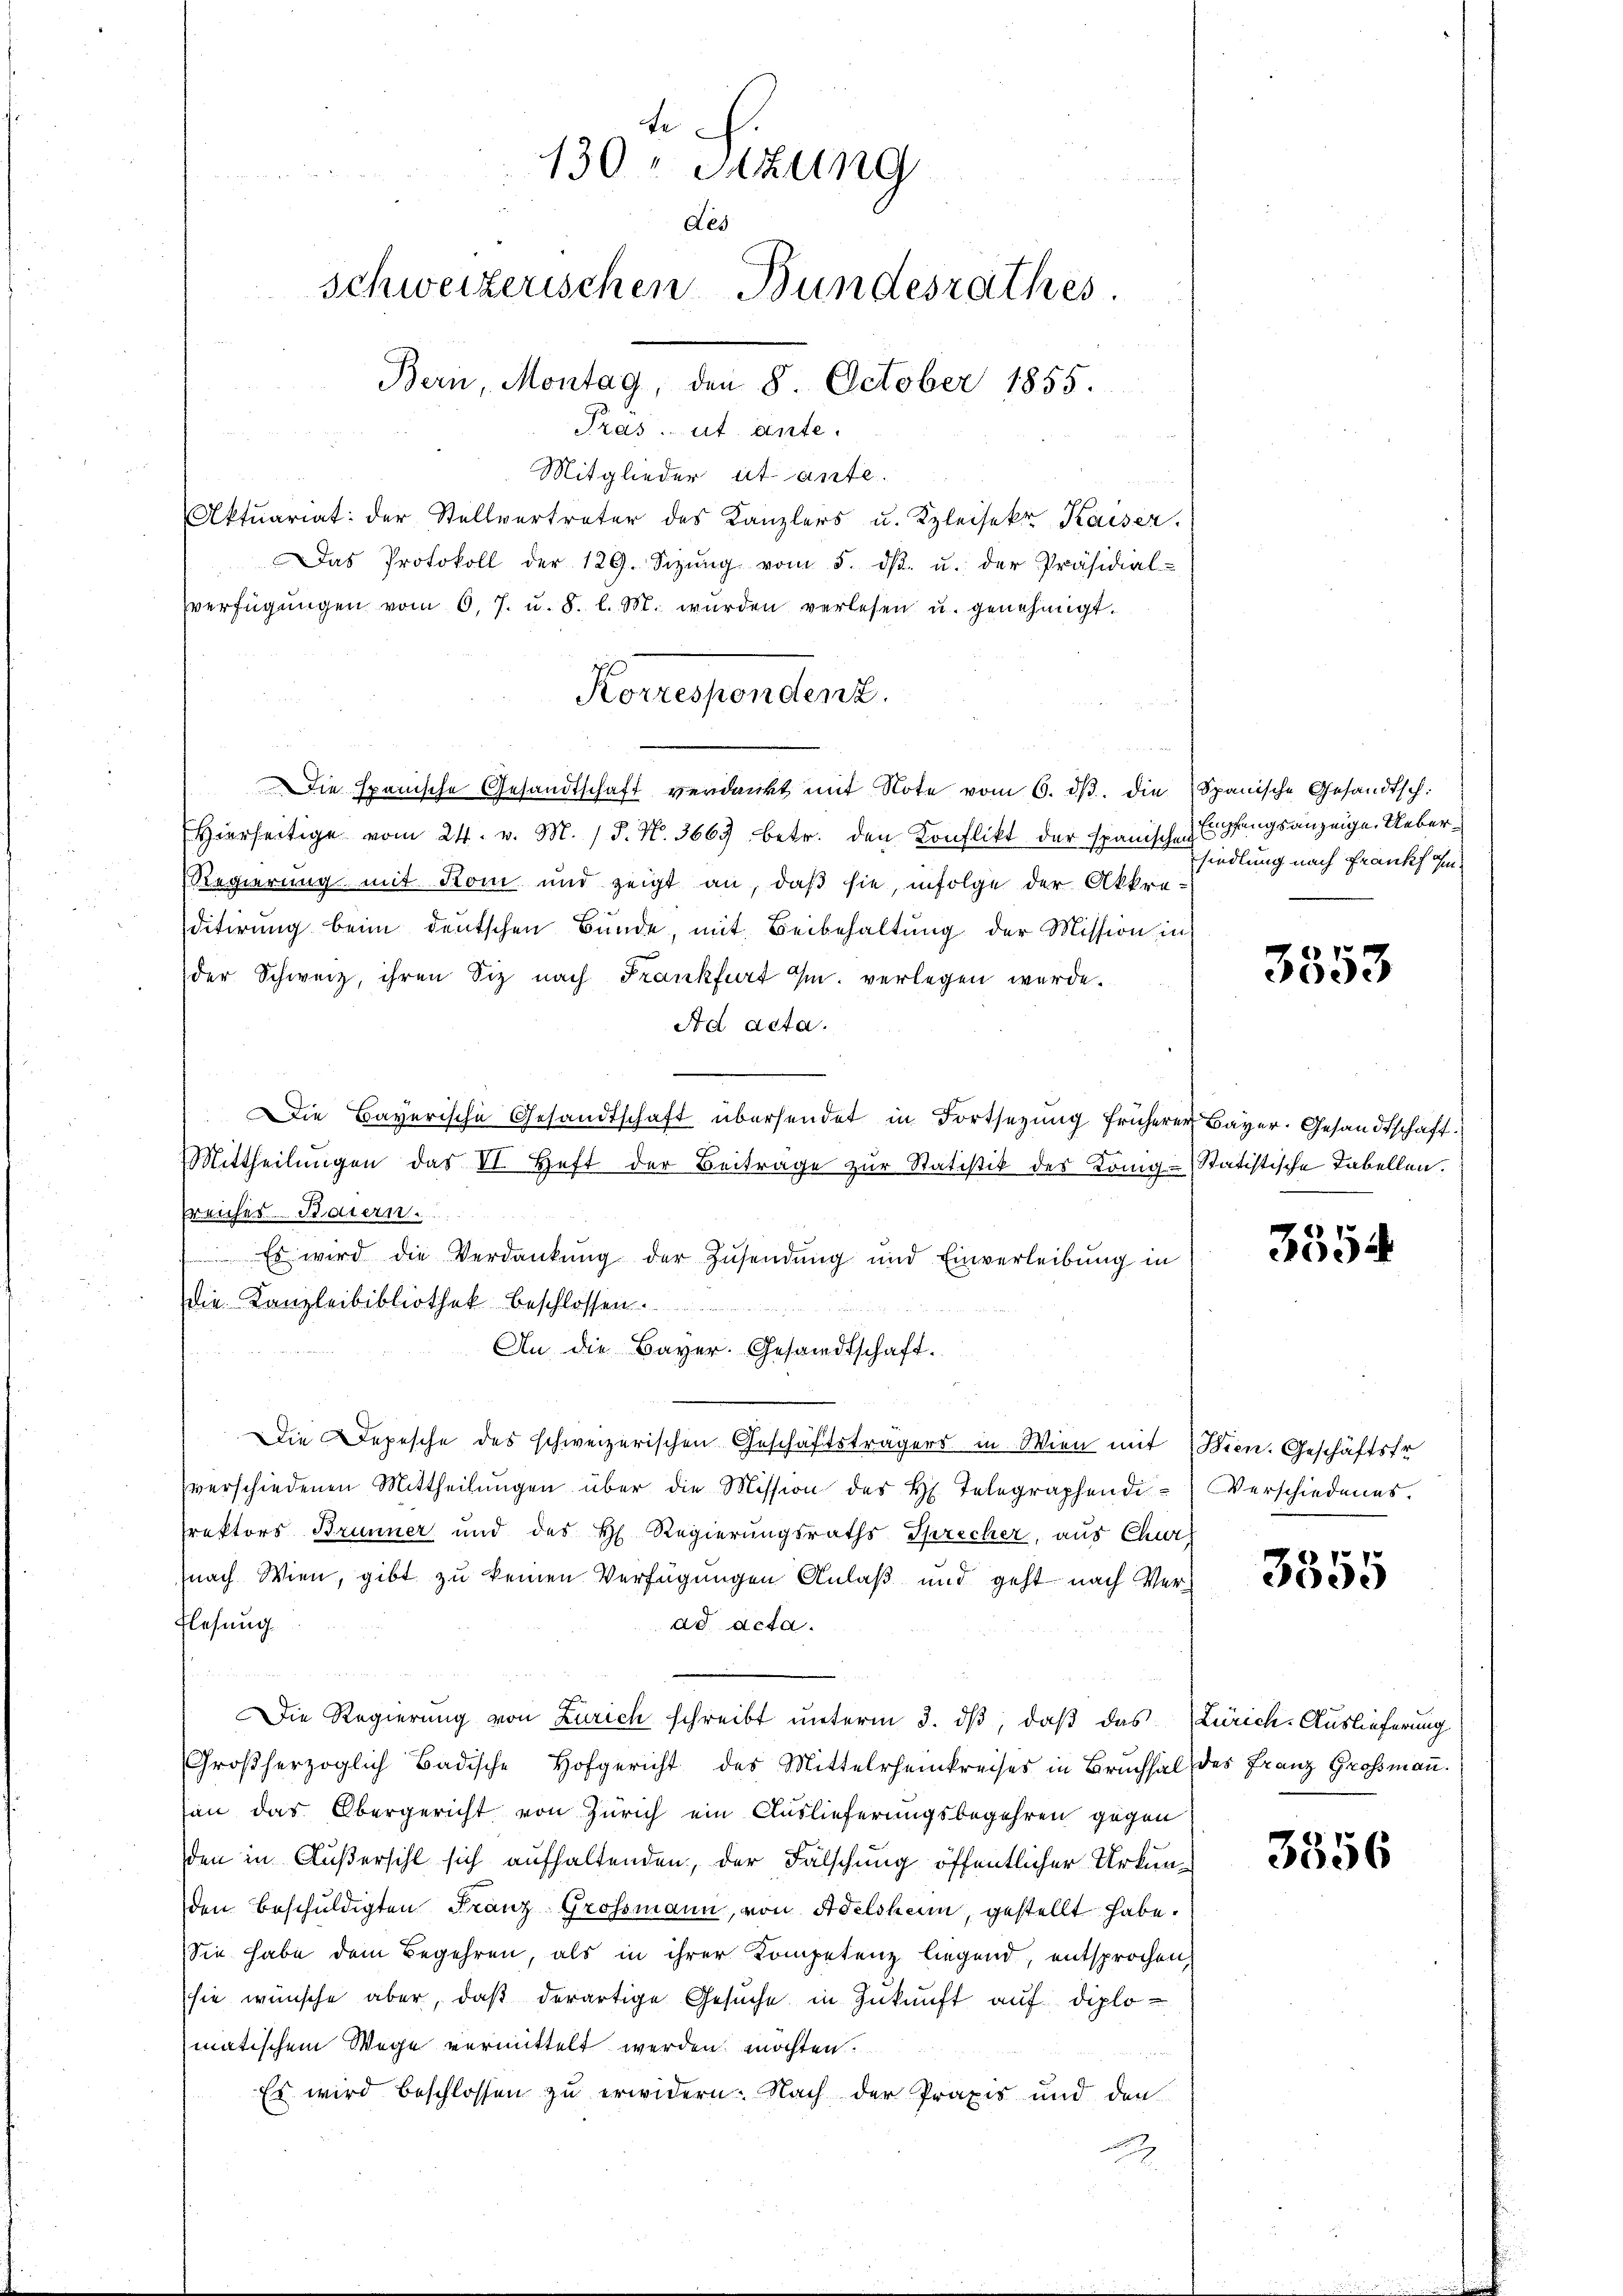
Mitglieder et ante.
Aktuariat der Stellvertreter des Kanzlers u. Kleisekr Kaiser.
Das Protokoll der 129. Sizŭng vom 5. dβ. u. der Präsidial-
verfügŭngen vom 6. 7. u. 8. l. M. wurden verlesen u. genehmigt.
Die spanische Gesandtschaft verdankt mit Note vom 6. dβ. die Spanische Gesandtsch.
Hierseitige vom 24. v. M. 18. No. 3663. betr. den Konflikt der Spanischen Erfungsanzeige. Ueber¬
Regierung mit Rom und zeigt an, daß sie, infolge der Akkre-
ditirung beim deutschen Bunde, mit Beibehaltung der Mission in
der Schweiz, ihren Siz nach Frankfurt im verlegen werde.
Ad acta.
Die Bayerische Gesandtschaft übersendet in Fortsezung früherer Bayer. Gesandtschaft¬
Mittheilŭngen das VI. Heft der Beitrage zŭr Statistik des König. Statistische Tabellen.
reiches Baiern.
 Es wird die Verdankung der Zusendung und Einverleibung in
die Kanzleibibliothek beschlossen.
An die Bayer. Gesandtschaft.
Die Depesche des schweizerischen Geschäftsträgers in Wien mit Wien. Geschäftsfr
verschiedenen Mittheilŭngen über die Mission des H. Telegraphendirektors Brunner und des H. Regierungsraths Sprecher, aus Churf
(nach Wien, gibt zu keinen Verfügungen Anlaß und geht nach Ver¬
Flesung
ad acta.
Die Regierung von Zürich schreibt ŭnterm 3. dβ, daβ das Zürich-Auslieferung
Großherzoglich Badische Hofgericht des Mittelheinkreises in Bruchsal des Franz Großmann.
son das Obergericht von Zürich ein Auslieferungsbegehren gegen
den in Außersihl sich aufhaltenden, der Fälschung öffentlicher Urkunden Beschuldigten Franz Grossmann, von Adelsheim, gestellt habe.
Sie habe dem Begehren, als in ihrer Kompetenz liegend, entsprochen,
sie wünsche aber, daß derartige Gesuche in Zukunft auf diplomatischem Wege vermittelt werden möchten.
Es wird beschlossen zu erwidern. Nach der Praxis und den

130. Sitzung
des
schweizerischen Bundesrathes
Bern, Montag, den 8. October 1855.
Pras, ut ante.

Korrespondenz.

siedlung nach Frankf In¬

3353

3554

Verschiedenes.

3355

3556